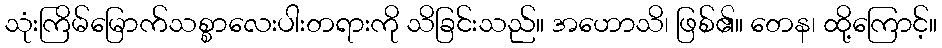
သုံးကြိမ်မြောက်သစ္စာလေးပါးတရားကို သိခြင်းသည်။ အဟောသိ၊ ဖြစ်၏။ တေန၊ ထို့ကြောင့်။